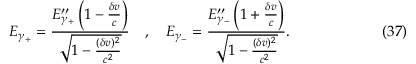
E _ { \gamma _ { + } } = \frac { E _ { \gamma _ { + } } ^ { \prime \prime } \left( 1 - \frac { \delta v } { c } \right) } { \sqrt { 1 - \frac { ( \delta v ) ^ { 2 } } { c ^ { 2 } } } } \quad , \quad E _ { \gamma _ { - } } = \frac { E _ { \gamma _ { - } } ^ { \prime \prime } \left( 1 + \frac { \delta v } { c } \right) } { \sqrt { 1 - \frac { ( \delta v ) ^ { 2 } } { c ^ { 2 } } } } . \eqno ( 3 7 )